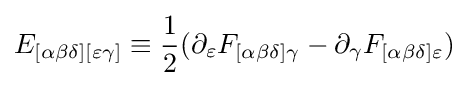
E_{[\alpha \beta \delta ][\varepsilon \gamma ]}\equiv {\frac {1}{2}}(\partial _{\varepsilon }F_{[\alpha \beta \delta ]\gamma }-\partial _{\gamma }F_{[\alpha \beta \delta ]\varepsilon })